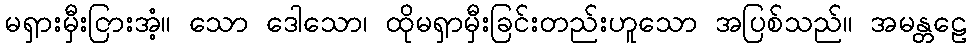
မရှားမှီးငြားအံ့။ သော ဒေါသော၊ ထိုမရှာမှီးခြင်းတည်းဟူသော အပြစ်သည်။ အမန္တဠေ